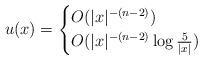
LaTeX: \begin{align*}u(x)=\begin{cases}O(|x|^{-(n-2)}) &\\O(|x|^{-(n-2)}\log\frac{5}{|x|}) &\end{cases}\end{align*}